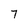
Character: 7